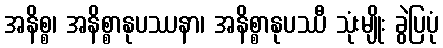
အနိစ္စ၊ အနိစ္စာနုပဿနာ၊ အနိစ္စာနုပဿီ သုံးမျိုး ခွဲပြပုံ